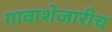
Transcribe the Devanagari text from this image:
गावाशेजारीच